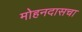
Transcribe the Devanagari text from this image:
मोहनदासचा